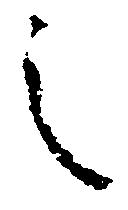
之